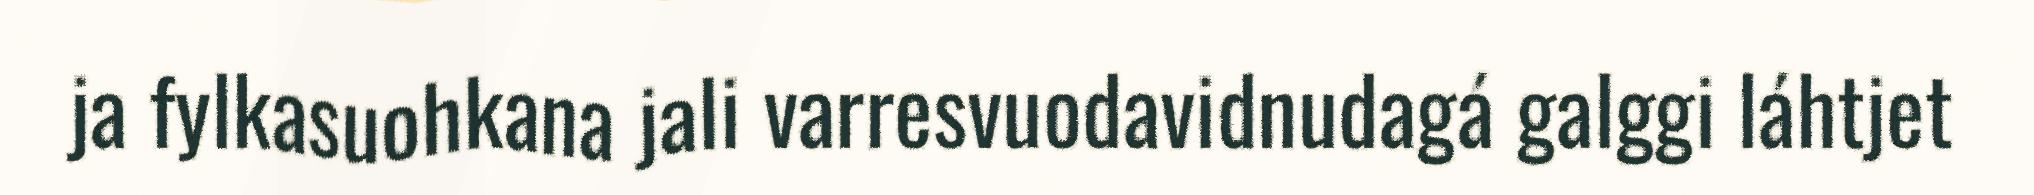
ja fylkasuohkana jali varresvuodavidnudagá galggi láhtjet